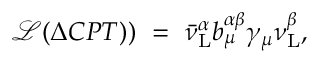
{ \mathcal { L } } ( \Delta C P T ) ) ~ = ~ \bar { \nu } _ { \mathrm { L } } ^ { \alpha } { b _ { \mu } ^ { \alpha \beta } } { \gamma _ { \mu } } { \nu _ { \mathrm { L } } ^ { \beta } } ,